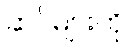
ဆင်များကို